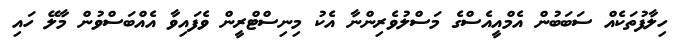
ހިލާފުތަކެއް ސަބަބުން އެމްއީއެސްގެ މަސްލުވެރިންނާ އެކު މިނިސްޓްރީން ވެފައިވާ އެއްބަސްވުން މާލޭ ހައި